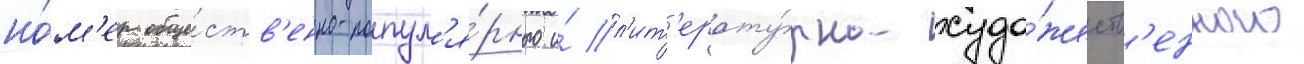
но́м'ер обще́ств'енно-попул'я́рного и́ л'ит'ерату́рно-худо́жеств'енного